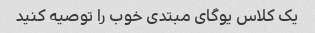
یک کلاس یوگای مبتدی خوب را توصیه کنید